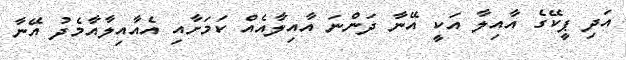
އަދި ޕީކޭގެ އާއިލާ އަކީ އޭނާ ދަންނަ އާއިލާއެއް ކަމަށާއި އެއާއިލާއާމެދު އޭނާ